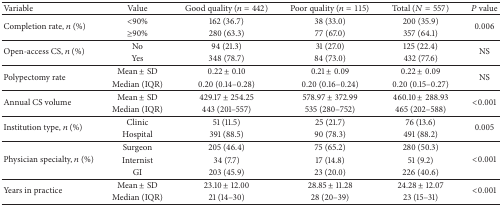
<table><thead><tr><td><b>Variable</b></td><td><b>Value</b></td><td><b>Good quality (<i>n</i> = 442)</b></td><td><b>Poor quality (<i>n</i> = 115)</b></td><td><b>Total (<i>N</i> = 557)</b></td><td><b><i>P</i> value</b></td></tr></thead><tbody><tr><td rowspan="2">Completion rate, <i>n</i> (%)</td><td>&lt;90%</td><td>162 (36.7)</td><td>38 (33.0)</td><td>200 (35.9)</td><td rowspan="2">0.006</td></tr><tr><td>≥90%</td><td>280 (63.3)</td><td>77 (67.0)</td><td>357 (64.1)</td></tr><tr><td rowspan="2">Open-access CS, <i>n</i> (%)</td><td>No</td><td>94 (21.3)</td><td>31 (27.0)</td><td>125 (22.4)</td><td rowspan="2">NS</td></tr><tr><td>Yes</td><td>348 (78.7)</td><td>84 (73.0)</td><td>432 (77.6)</td></tr><tr><td rowspan="2">Polypectomy rate</td><td>Mean ± SD</td><td>0.22 ± 0.10</td><td>0.21 ± 0.09</td><td>0.22 ± 0.09</td><td rowspan="2">NS</td></tr><tr><td>Median (IQR)</td><td>0.20 (0.14–0.28)</td><td>0.20 (0.16–0.24)</td><td>0.20 (0.15–0.27)</td></tr><tr><td rowspan="2">Annual CS volume</td><td>Mean ± SD</td><td>429.17 ± 254.25</td><td>578.97 ± 372.99</td><td>460.10 ± 288.93</td><td rowspan="2"> &lt;0.001</td></tr><tr><td>Median (IQR)</td><td>443 (201–557)</td><td>535 (280–752)</td><td>465 (202–588)</td></tr><tr><td rowspan="2">Institution type, <i>n</i> (%)</td><td>Clinic</td><td>51 (11.5)</td><td>25 (21.7)</td><td>76 (13.6)</td><td rowspan="2">0.005</td></tr><tr><td>Hospital</td><td>391 (88.5)</td><td>90 (78.3)</td><td>491 (88.2)</td></tr><tr><td rowspan="3">Physician specialty, <i>n</i> (%)</td><td>Surgeon</td><td>205 (46.4)</td><td>75 (65.2)</td><td>280 (50.3)</td><td rowspan="3">&lt;0.001</td></tr><tr><td>Internist</td><td>34 (7.7)</td><td>17 (14.8)</td><td>51 (9.2)</td></tr><tr><td>GI</td><td>203 (45.9)</td><td>23 (20.0)</td><td>226 (40.6)</td></tr><tr><td rowspan="2">Years in practice</td><td>Mean ± SD</td><td>23.10 ± 12.00</td><td>28.85 ± 11.28</td><td>24.28 ± 12.07</td><td rowspan="2">&lt;0.001</td></tr><tr><td>Median (IQR)</td><td>21 (14–30)</td><td>28 (20–39)</td><td>23 (15–31)</td></tr></tbody></table>